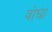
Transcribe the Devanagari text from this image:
वोघां